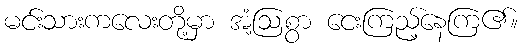
မင်းသားကလေးတို့မှာ အံ့ဩစွာ ငေးကြည့်နေကြ၏။